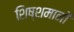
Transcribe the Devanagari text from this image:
शिष्शमानों